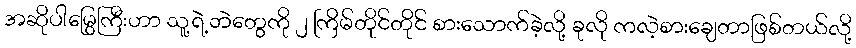
အဆိုပါမြွေကြီးဟာ သူ့ရဲ့ဘဲတွေကို ၂ ကြိမ်တိုင်တိုင် စားသောက်ခဲ့လို့ ခုလို ကလဲ့စားချေတာဖြစ်တယ်လို့